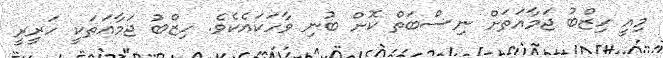
މިއީ ހިޒްބު ޖަމާއަތަށް ނިސްބަތް ކޮށް ބުނި ވާހަކައެކެވެ. ހިޒްބު ޖަމާއަތަކީ ހަރީރީ